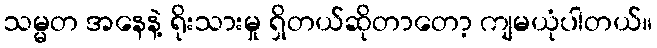
သမ္မတ အနေနဲ့ ရိုးသားမှု ရှိတယ်ဆိုတာတော့ ကျမယုံပါတယ်။